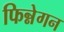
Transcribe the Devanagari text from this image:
फिन्नेगन